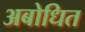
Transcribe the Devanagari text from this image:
अबोधित